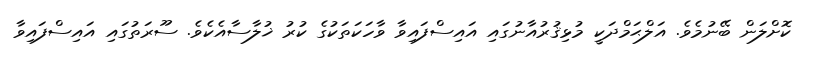
ކޮށްލަން ބޭނުމެވެ. އަލްޙަމްދަކީ މުޅިޤުރުއާނުގައި އައިސްފައިވާ ވާހަކަތަކުގެ ކުރު ޚުލާސާއެކެވެ. ސޫރަތުގައި އައިސްފައިވާ